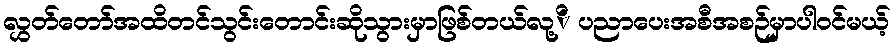
လွှတ်တော်အထိတင်သွင်းတောင်းဆိုသွားမှာဖြစ်တယ်လု့ိ ပညာပေးအစီအစဉ်မှာပါဝင်မယ့်